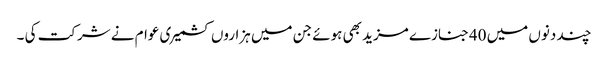
چند دنوں میں 40جنازے مزید بھی ہوئے جن میں ہزاروں کشمیری عوام نے شرکت کی ۔